Scottish Leaving Certificate Examination, 1957
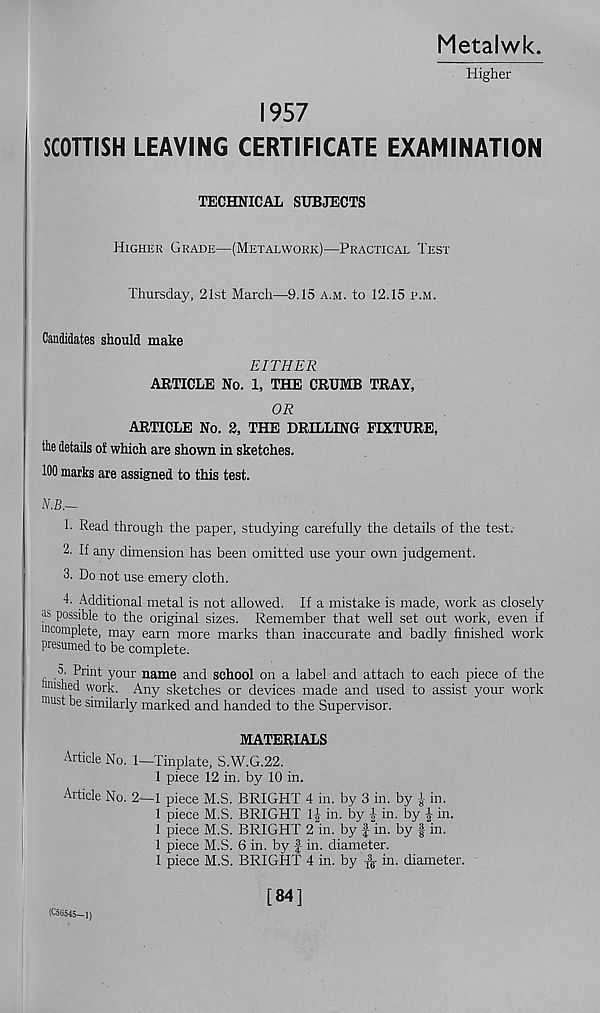
Metalwk
Higher
1957
SCOTTISH LEAVING CERTIFICATE EXAMINATION
TECHNICAL SUBJECTS
Higher Grade—(Metalwork)—Practical Test
Thursday, 21st March—9.15 a.m. to 12.15 p.m.
Candidates should make
EITHER
ARTICLE No. 1, THE CRUMB TRAY,
OR
ARTICLE No. 2, THE DRILLING FIXTURE,
the details of which are shown in sketches.
100 marks are assigned to this test.
N.B.-
h Read through the paper, studying carefully the details of the test.
2. If any dimension has been omitted use your own judgement.
3. Do not use emery cloth.
Additional metal is not allowed. If a mistake is made, work as closely
as P oss ible to the original sizes. Remember that well set out work, even if
incomplete, may earn more marks than inaccurate and badly finished work
presumed to be complete.
n. Print your name and school on a label and attach to each piece of the
mshed work. Any sketches or devices made and used to assist your work
must be similarly marked and handed to the Supervisor.
MATERIALS
Article No. 1—Tinplate, S.W.G.22.
1 piece 12 in. by 10 in.
Article No. 2—1 piece M.S. BRIGHT 4 in. by 3 in. by i- in.
1 piece M.S. BRIGHT If in. by f in. by f in.
1 piece M.S. BRIGHT 2 in. by f in. by | in.
1 piece M.S. 6 in. by f in. diameter.
1 piece M.S. BRIGHT 4 in. by ^ in. diameter.
[84]
(C56545—1)